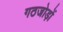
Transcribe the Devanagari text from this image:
गठजोड़ों